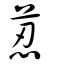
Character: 荵